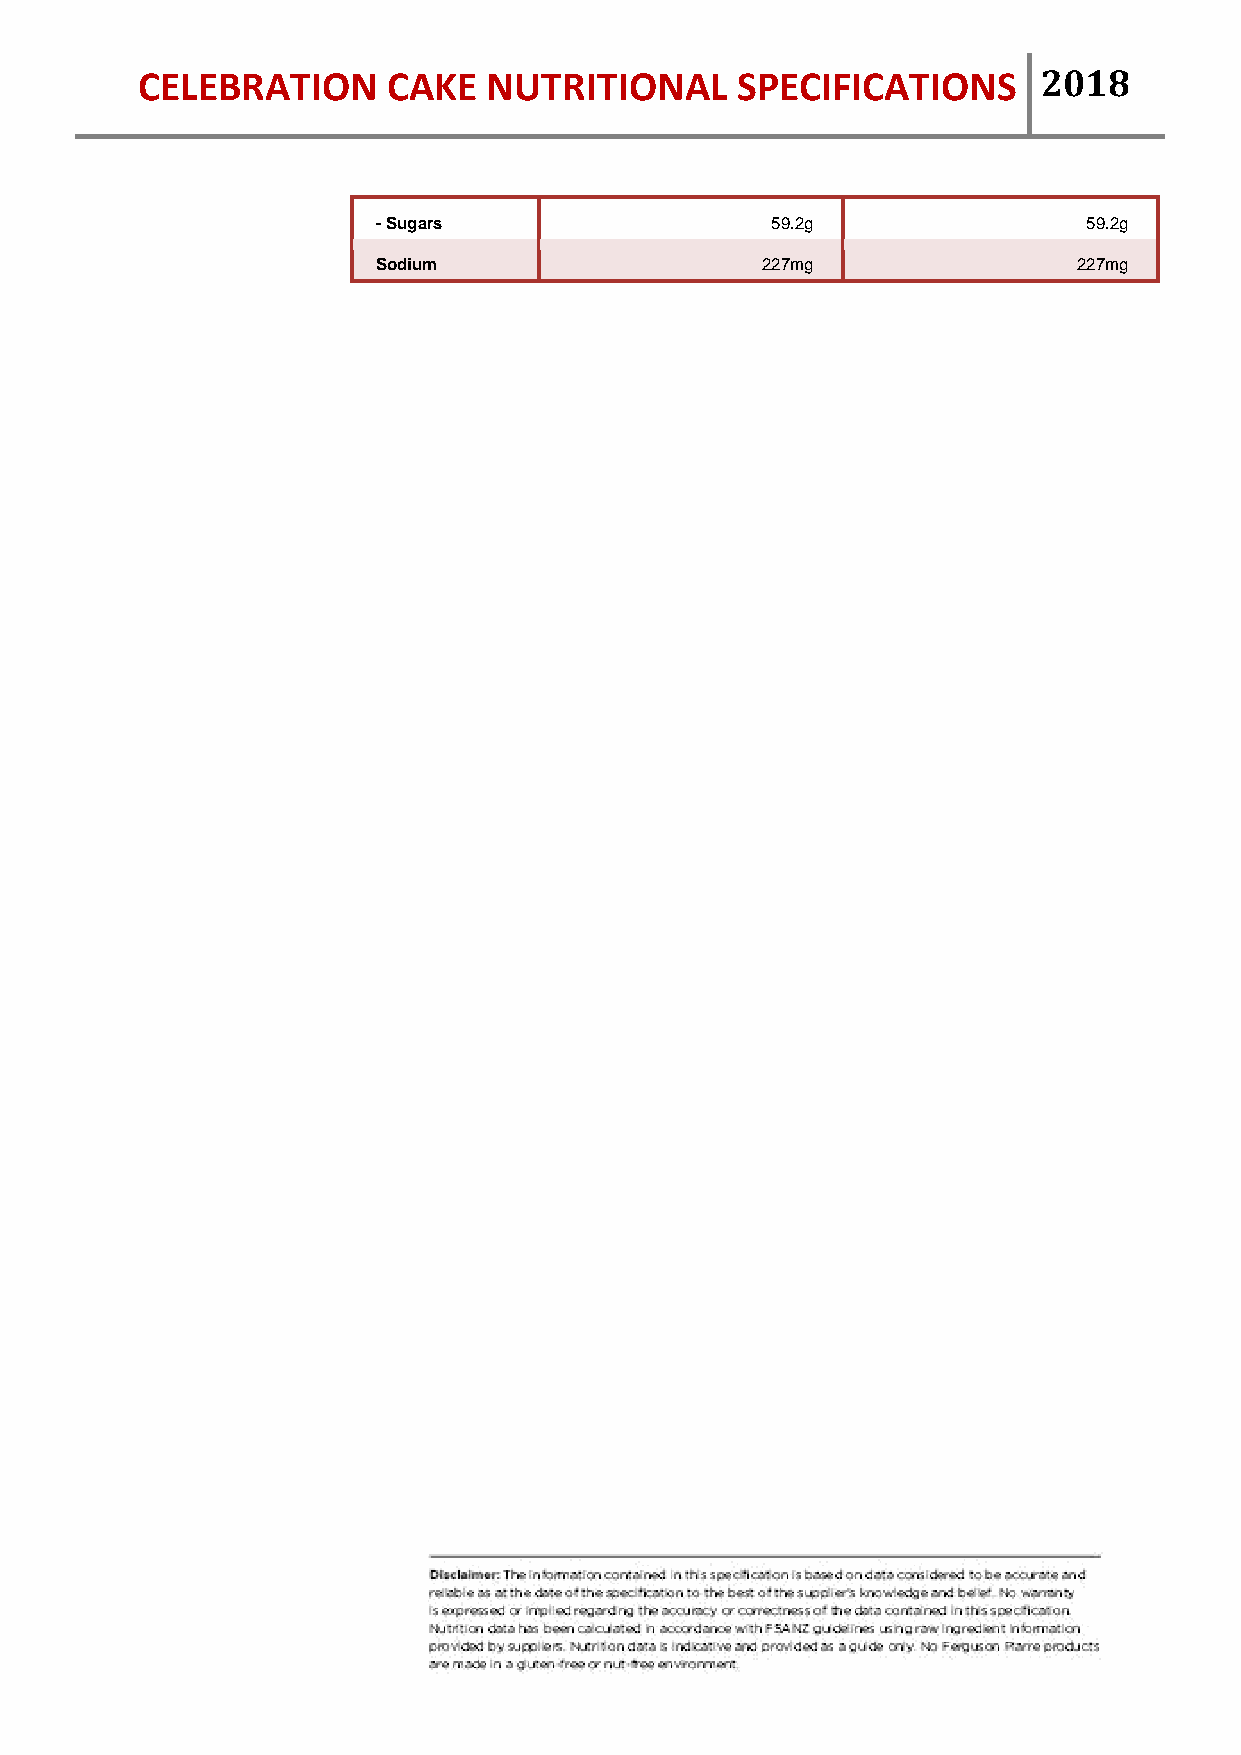
CELEBRATION      CAKE  NUTRITIONAL      SPECIFICATIONS      2018
 - Sugars                  59.2g                59.2g
 Sodium                   227mg                227mg